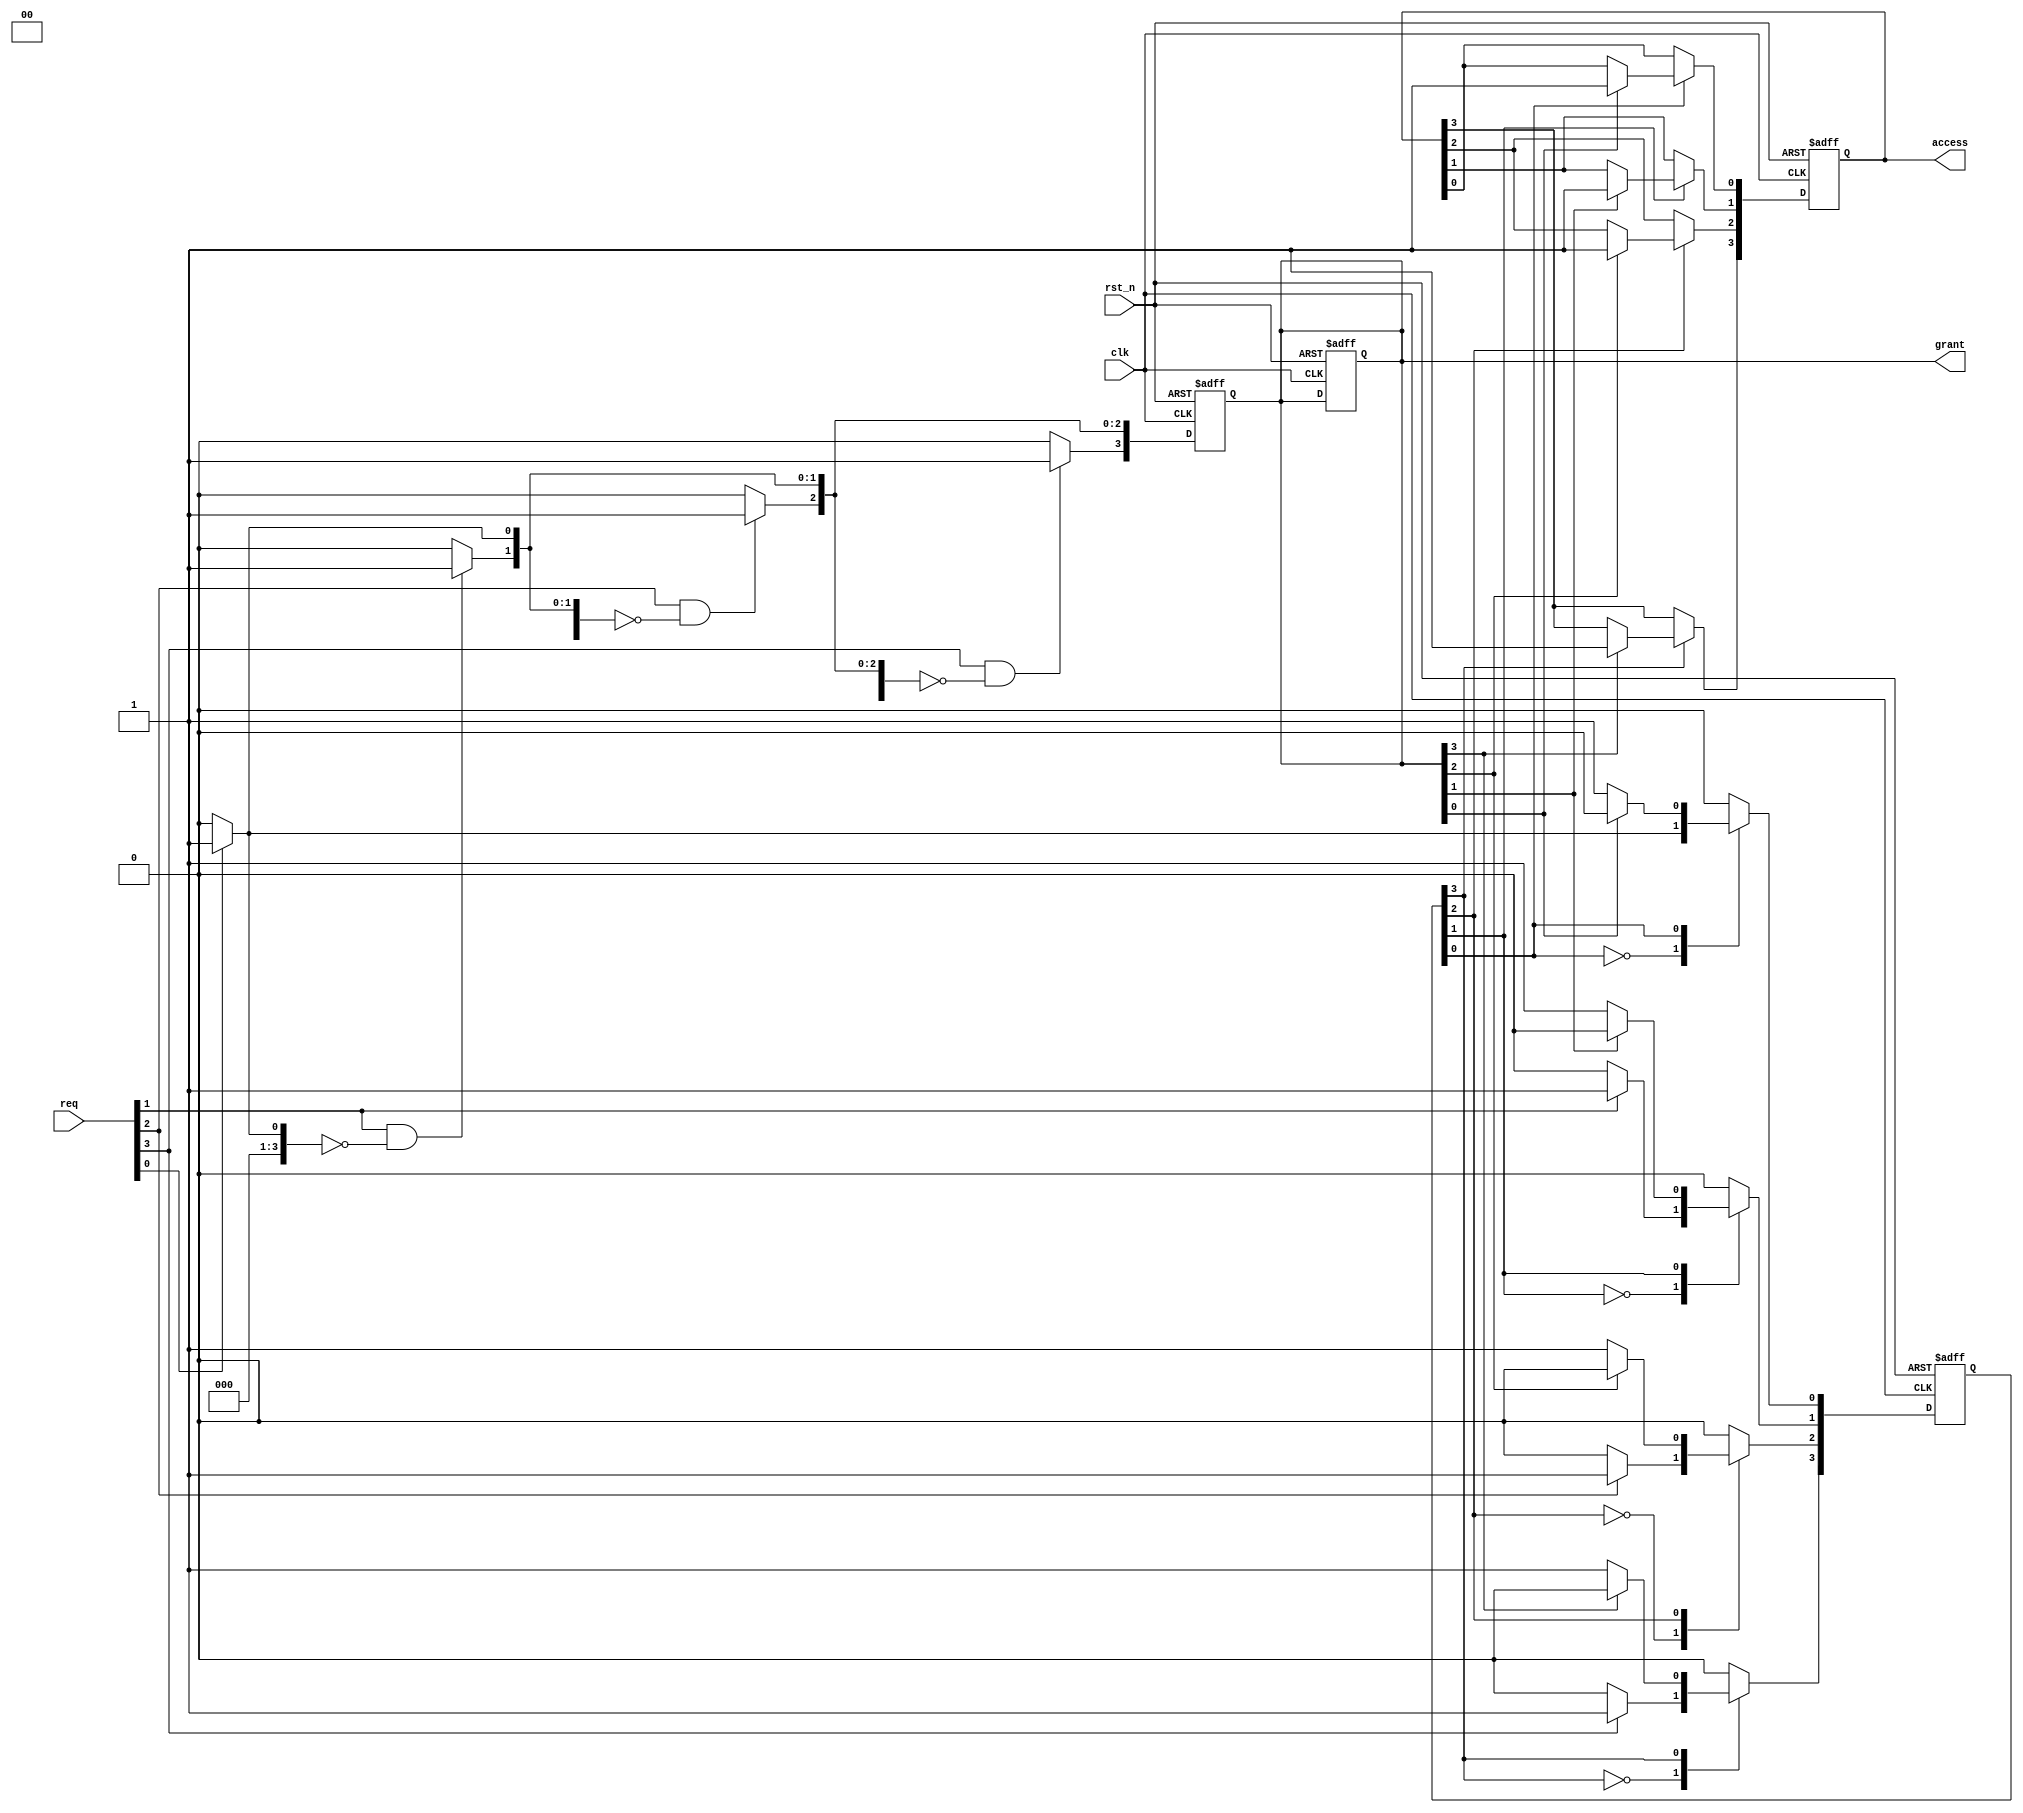
module memory_handshake #(
    parameter NUM_PROCESSES = 4 // Number of processes
)(
    input wire clk,                       // Clock signal
    input wire rst_n,                     // Active low reset
    input wire [NUM_PROCESSES-1:0] req,  // Request signals from processes
    output reg [NUM_PROCESSES-1:0] grant, // Grant signals to processes
    output reg [NUM_PROCESSES-1:0] access // Access signals for processes
);

    reg [NUM_PROCESSES-1:0] state;        // State of each process
    reg [NUM_PROCESSES-1:0] next_process; // Next process to grant access
    reg [NUM_PROCESSES-1:0] grant_temp;   // Temporary grant signal
    integer i;

    // State Definitions
    localparam IDLE = 2'b00;
    localparam REQUESTING = 2'b01;
    localparam ACCESSING = 2'b10;
    
    // Process states
    always @(posedge clk or negedge rst_n) begin
        if (!rst_n) begin
            state <= {NUM_PROCESSES{IDLE}};
            grant <= 0;
            access <= 0;
        end else begin
            // Update state based on current requests and grants
            for (i = 0; i < NUM_PROCESSES; i = i + 1) begin
                case (state[i])
                    IDLE: begin
                        if (req[i]) begin
                            state[i] <= REQUESTING;
                        end
                    end
                    REQUESTING: begin
                        if (grant[i]) begin
                            state[i] <= ACCESSING;
                            access[i] <= 1; // Assert access
                        end
                    end
                    ACCESSING: begin
                        if (!req[i]) begin
                            state[i] <= IDLE;
                            access[i] <= 0; // Deassert access
                        end
                    end
                endcase
            end
        end
    end

    // Grant logic
    always @(posedge clk or negedge rst_n) begin
        if (!rst_n) begin
            grant <= 0;
            grant_temp <= 0;
            next_process <= 0;
        end else begin
            // Clear the previous grants
            grant_temp = 0;

            // Check for requests and grant access
            for (i = 0; i < NUM_PROCESSES; i = i + 1) begin
                if (req[i] && !grant_temp) begin
                    grant_temp[i] = 1; // Grant access to first requester
                    next_process = i; // Store the index of granted process
                end
            end
            
            // Update grant signal
            grant <= grant_temp;
        end
    end

endmodule